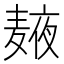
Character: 𲎒